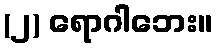
(၂) ရောဂါဘေး။